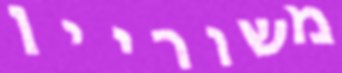
משוריין